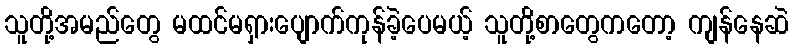
သူတို့အမည်တွေ မထင်မရှားပျောက်ကုန်ခဲ့ပေမယ့် သူတို့စာတွေကတော့ ကျန်နေဆဲ